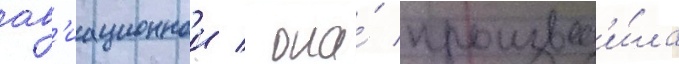
ав'иационнои / она́ производ'и́ла